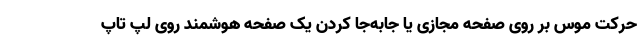
حرکت موس بر روی صفحه مجازی یا جابه‌جا کردن یک صفحه هوشمند روی لپ تاپ